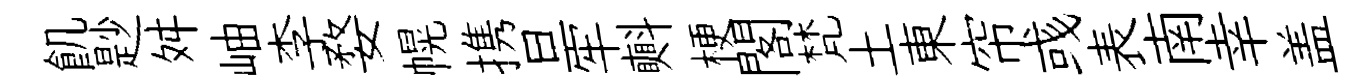
飢尟舛岫李婺幌携旦牢㪺梗閣梵土東帘彧表南幸盖